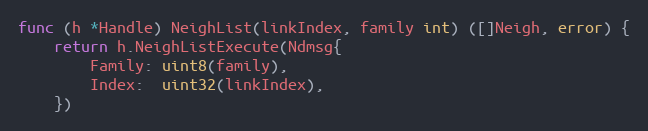
Language: Go
func (h *Handle) NeighList(linkIndex, family int) ([]Neigh, error) {
	return h.NeighListExecute(Ndmsg{
		Family: uint8(family),
		Index:  uint32(linkIndex),
	})